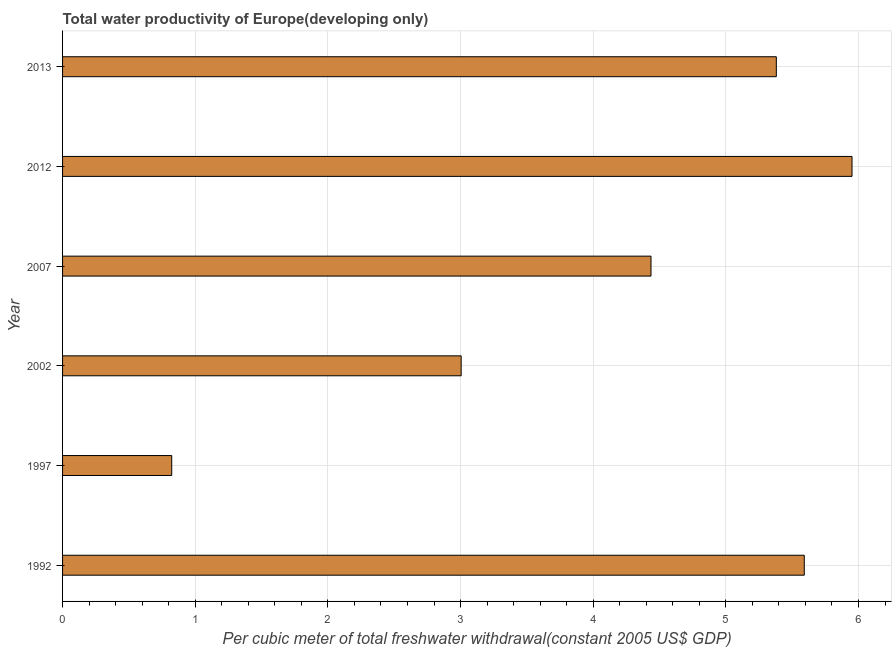
| Year | Water productivity |
 | --- | --- |
 | 1992 | 5.59 |
 | 1997 | 0.823 |
 | 2002 | 3 |
 | 2007 | 4.44 |
 | 2012 | 5.95 |
 | 2013 | 5.38 |